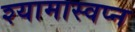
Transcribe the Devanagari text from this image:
श्यामास्वप्न